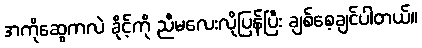
အကိုဆွေကလဲ ခိုင့်ကို ညီမလေးလိုပြန်ပြီး ချစ်စေ့ချင်ပါတယ်။